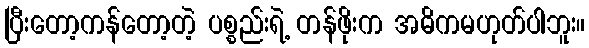
ပြီးတော့ကန်တော့တဲ့ ပစ္စည်းရဲ့ တန်ဖိုးက အဓိကမဟုတ်ပါဘူး။